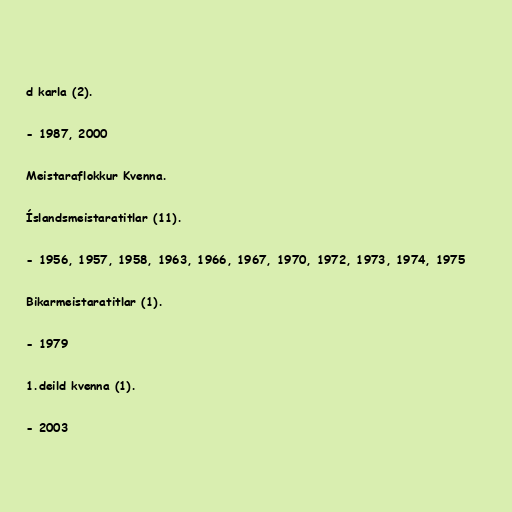
d karla (2).

- 1987, 2000

Meistaraflokkur Kvenna.

Íslandsmeistaratitlar (11).

- 1956, 1957, 1958, 1963, 1966, 1967, 1970, 1972, 1973, 1974, 1975

Bikarmeistaratitlar (1).

- 1979

1.deild kvenna (1).

- 2003